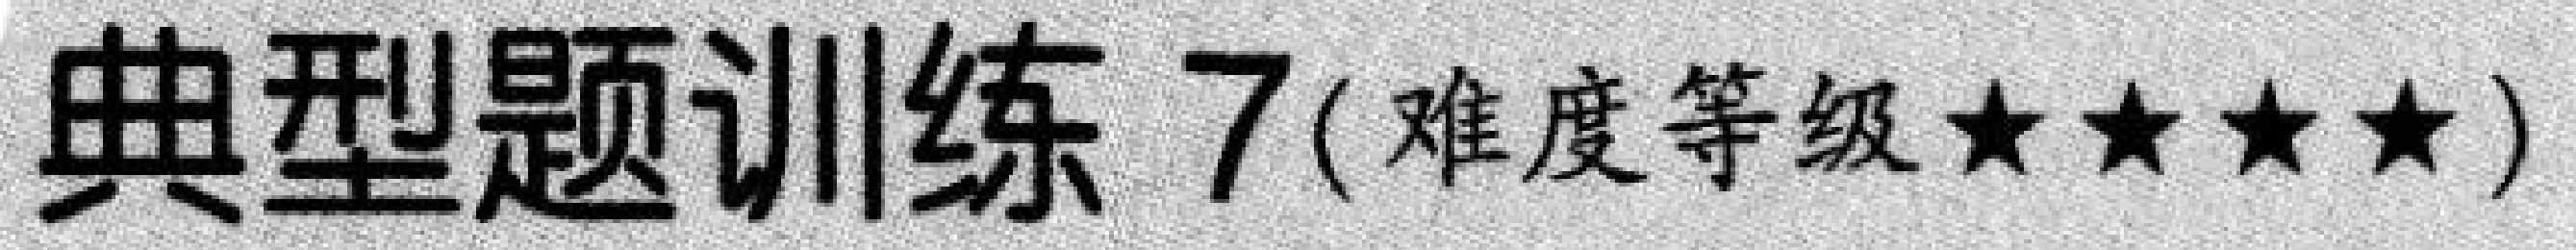
典型题训练 7(难度等级★★★★)